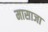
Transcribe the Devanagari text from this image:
मासाजा